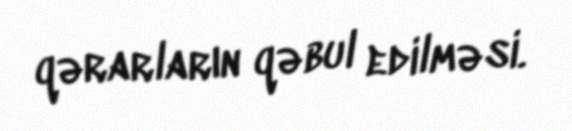
qərarların qəbul edilməsi.